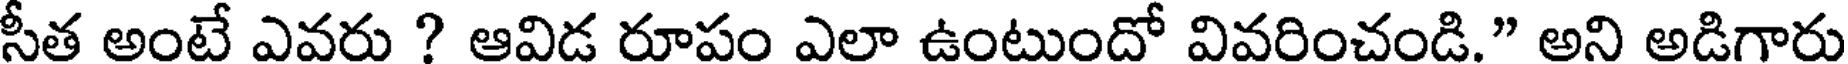
సీత అంటే ఎవరు ? ఆవిడ రూపం ఎలా ఉంటుందో వివరించండి." అని అడిగారు